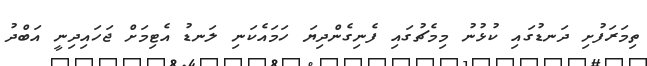
ތިމަރަފުށި ދަނޑުގައި ކުޅުނު މިމެޗުގައި ފެނިގެންދިޔަ ހަމައެކަނި ލަނޑު އެޓިމަށް ޖަހައިދިނީ އަބްދު